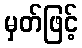
မှတ်ဖြင့်